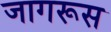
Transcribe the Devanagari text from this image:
जागरूस